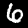
Digit: 6